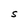
Character: S